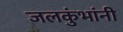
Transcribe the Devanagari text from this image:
जलकुंभांनी